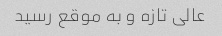
عالی تازه و به موقع رسید